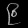
Digit: ၉